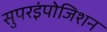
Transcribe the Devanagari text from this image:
सुपरइंपोजिशन